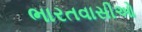
ભારતવાસીઓ